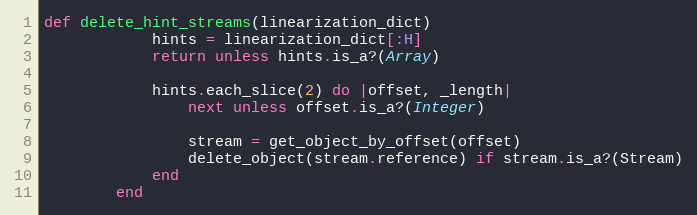
Language: Ruby
def delete_hint_streams(linearization_dict)
            hints = linearization_dict[:H]
            return unless hints.is_a?(Array)

            hints.each_slice(2) do |offset, _length|
                next unless offset.is_a?(Integer)

                stream = get_object_by_offset(offset)
                delete_object(stream.reference) if stream.is_a?(Stream)
            end
        end